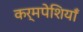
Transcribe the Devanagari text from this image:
कर्मपेशियाँ